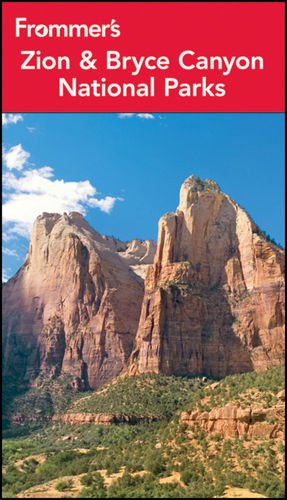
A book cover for Frommer's Zion and Bryce Canyon National Parks (Park Guides); Don Laine; Travel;